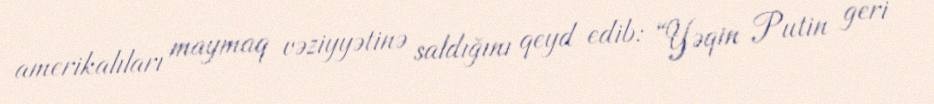
amerikalıları maymaq vəziyyətinə saldığını qeyd edib: “Yəqin Putin geri